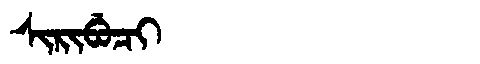
Manchu: ᠰᡳᡵᡳᠪᡠᠴᡳ
Romanization: SIRIBUCI